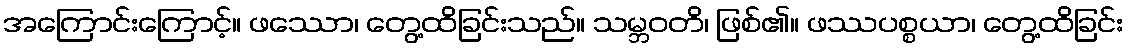
အကြောင်းကြောင့်။ ဖဿော၊ တွေ့ထိခြင်းသည်။ သမ္ဘဝတိ၊ ဖြစ်၏။ ဖဿပစ္စယာ၊ တွေ့ထိခြင်း